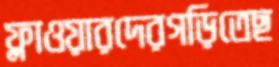
ফ্লাওয়ারদেরগড়িতেছ